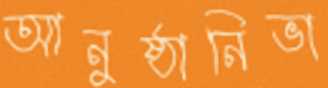
আনুষ্ঠানিভা